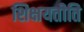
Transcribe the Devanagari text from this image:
शिक्षयतीति